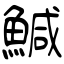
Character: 鰔